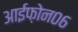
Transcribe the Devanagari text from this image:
आईफ़ोन०६